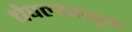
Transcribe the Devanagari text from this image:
चेपल्यामुळे